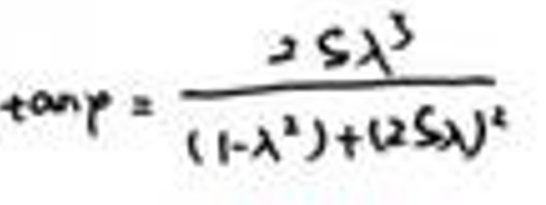
\(\tan \varphi = \frac{2 S \lambda^{3}}{(1-\lambda^{2})+(2 S \lambda)^{2}}\)